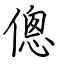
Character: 傯